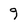
Character: 9